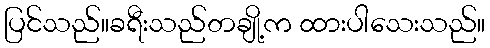
ပြင်သည်။ခရီးသည်တချို့က ထားပါသေးသည်။